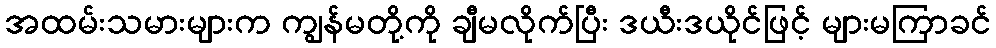
အထမ်းသမားများက ကျွန်မတို့ကို ချီမလိုက်ပြီး ဒယီးဒယိုင်ဖြင့် များမကြာခင်